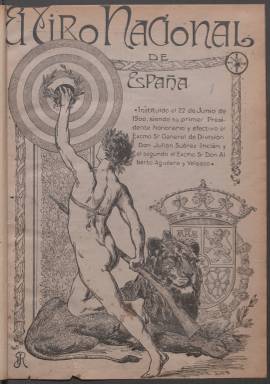
Título: El Tiro Nacional de España
Colección: Deportes
Ámbito geográfico: Madrid
Lugar de publicación: Madrid
Fechas: 31/01/1914-31/12/1921